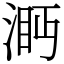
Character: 㴐